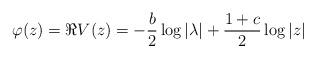
LaTeX: \begin{align*} \varphi(z) = \Re V(z) = - \frac{b}{2} \log |\lambda| + \frac{1+c}{2} \log |z| \end{align*}